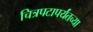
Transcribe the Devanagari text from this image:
चित्रपटापर्यंतच्या